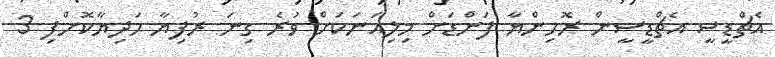
އެޗްޑީސީ އެޗްޑީސީން ރޮހިންޔާ ފަންޑަށް މިލިއަނަކަށް ވުރެ ގިނަ ރުފިޔާ ހަދިޔާކޮށްފި 3